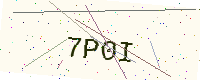
Text: 7P0I